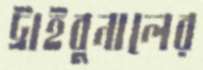
ট্রাইবুনালের